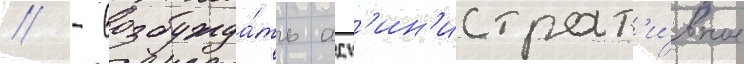
// - возбужда́ть адм'ин'истрат'и́вное